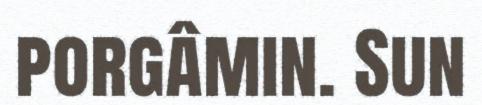
porgâmin. Sun